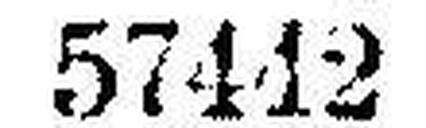
57442